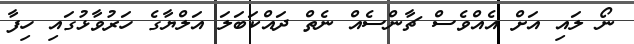
ނޯ ލައި އަށް އެއްވެސް ޗާންސެއް ނެތް ދައްކަބަލަ އަލްޔާގެ ހަރުވާޅުގައި ހިފާ